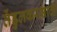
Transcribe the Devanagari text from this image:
तेंडुलकरसाठी